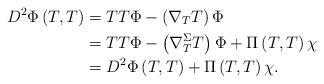
LaTeX: \begin{align*}D^{2}\Phi\left( T,T\right) & =TT\Phi-\left( \nabla_{T}T\right) \Phi\\& =TT\Phi-\left( \nabla_{T}^{\Sigma}T\right) \Phi+\Pi\left( T,T\right)\chi\\& =D^{2}\Phi\left( T,T\right) +\Pi\left( T,T\right) \chi.\end{align*}